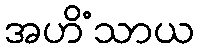
အဟိံသာယ